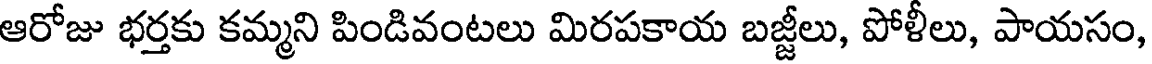
ఆరోజు భర్తకు కమ్మని పిండివంటలు మిరపకాయ బజ్జీలు, పోళీలు, పాయసం,